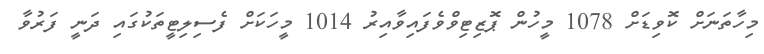
މިހާތަނަށް ކޮވިޑަށް 1078 މީހުން ޕޮޒިޓިވްވެފައިވާއިރު 1014 މީހަކަށް ފެސިލިޓީތަކުގައި ދަނީ ފަރުވާ